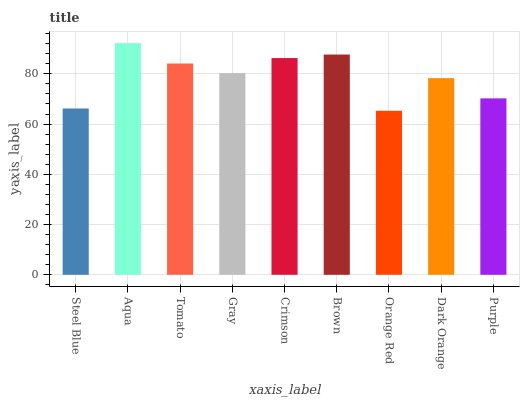
| xaxis_label | bars |
 | --- | --- |
 | Steel Blue | 66.2 |
 | Aqua | 92.2 |
 | Tomato | 84.1 |
 | Gray | 80.3 |
 | Crimson | 86.3 |
 | Brown | 87.7 |
 | Orange Red | 65.3 |
 | Dark Orange | 78.3 |
 | Purple | 70.2 |